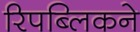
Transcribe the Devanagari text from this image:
रिपब्लिकने